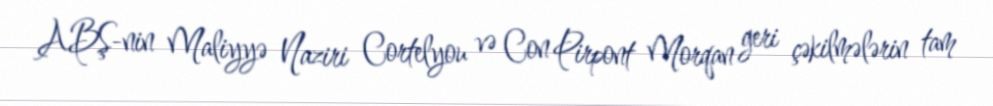
ABŞ-nin Maliyyə Naziri Cortelyou və Con Pirpont Morqan geri çəkilmələrin tam